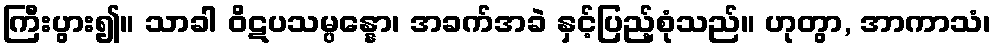
ကြီးပွား၍။ သာခါ ဝိဋပသမ္ပန္နော၊ အခက်အခဲ နှင့်ပြည့်စုံသည်။ ဟုတွာ, အာကာသံ၊